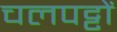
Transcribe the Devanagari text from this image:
चलपट्टों